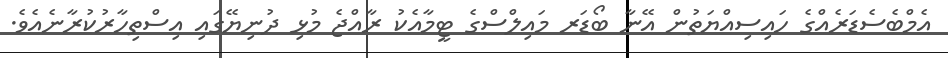
އެމްބެސެޑަރެއްގެ ހައިސިއްޔަތުން އޭނާ ބޯޑަރ މައިލްސްގެ ޓީމާއެކު ރާއްޖެ މުޅި ދުނިޔޭގައި އިސްތިހާރުކުރާނެއެވެ.